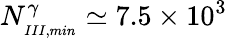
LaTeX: N_{_{III,min}}^{\gamma}\simeq 7.5\times 10^{3}